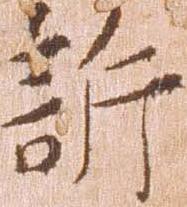
訴